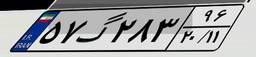
۵۷گ۲۸۳۹۶